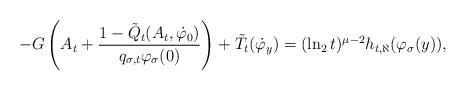
LaTeX: \begin{align*}-G \left(A_t + \frac{1-\tilde{Q}_t(A_t, \dot{\varphi}_0)}{q_{\sigma, t} \varphi_\sigma(0)} \right) + \tilde{T}_t(\dot{\varphi}_y) = (\ln_2 t)^{\mu-2} h_{t,\aleph}(\varphi_\sigma(y)),\end{align*}